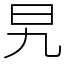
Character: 旯